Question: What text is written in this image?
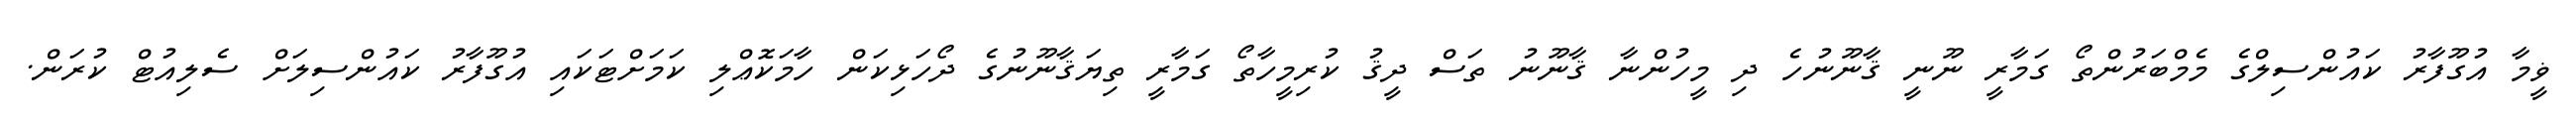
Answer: ޥީމާ އުގޫފާރު ކައުންސިލްގެ މެމްބަރުންތޯ ގަމާރީ ނޫނީ ޤާނޫނުހެ ދި މީހުންނާ ޤާނޫނު ތަސް ދީޤު ކުރިމީހާތޯ ގަމާރީ ތިޔަޤާނޫނުގެ ދޯހަޅިކަން ހާމަކޮޢްލި ކަމަށްޓަކައި އުގޫފާރު ކައުންސިލަށް ސެލިއުޓް ކުރަން.